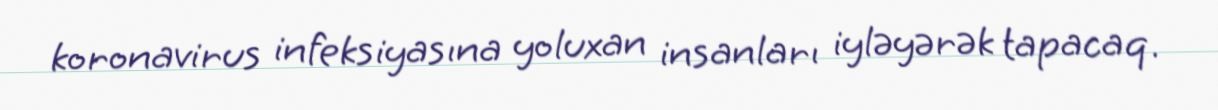
koronavirus infeksiyasına yoluxan insanları iyləyərək tapacaq.